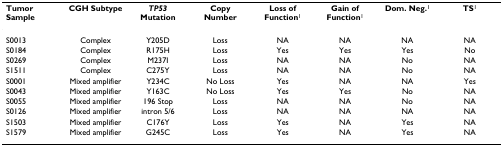
| Tumor Sample | CGH Subtype | TP53 Mutation | Copy Number | Loss of Function1 | Gain of Function1 | Dom. Neg.1 | TS1 |
 | --- | --- | --- | --- | --- | --- | --- | --- |
 | S0013 | Complex | Y205D | Loss | NA | NA | NA | NA |
 | S0184 | Complex | R175H | Loss | Yes | Yes | Yes | No |
 | S0269 | Complex | M237I | Loss | NA | NA | No | NA |
 | S1511 | Complex | C275Y | Loss | NA | NA | No | NA |
 | S0001 | Mixed amplifier | Y234C | No Loss | Yes | NA | NA | Yes |
 | S0043 | Mixed amplifier | Y163C | No Loss | Yes | Yes | No | NA |
 | S0055 | Mixed amplifier | 196 Stop | Loss | NA | NA | No | NA |
 | S0126 | Mixed amplifier | intron 5/6 | Loss | NA | NA | NA | NA |
 | S1503 | Mixed amplifier | C176Y | Loss | Yes | NA | Yes | NA |
 | S1579 | Mixed amplifier | G245C | Loss | Yes | NA | Yes | NA |